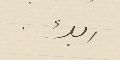
اليك.